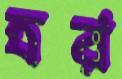
ত্রর